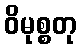
ဝိမုစ္စတု